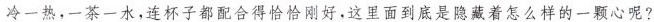
冷一热，一茶一水，连杯子都配合得恰恰刚好，这里面到底是隐藏着怎么样的一颗心呢?